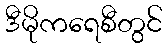
ဒီမိုကရေစီတွင်